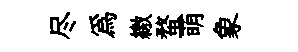
尽爲繳蝥萌象